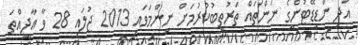
އަދި ންޑިޑޭޓުންގެ ނަންތައް ތަރުތީބުކުރުމަށް ނިންމަވައި 2013 ޖުލައި 28 ވާ އާދީއްތަ